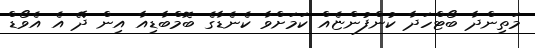
މަތިންދާ ބޯޓްހަދާ ކުންފުންޏެއް ކަމަށްވާ ކެނެޑާގެ ބޮމްބާޑިއާ އިން ދޭ އެ އެވޯޑް